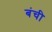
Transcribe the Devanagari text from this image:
बंची